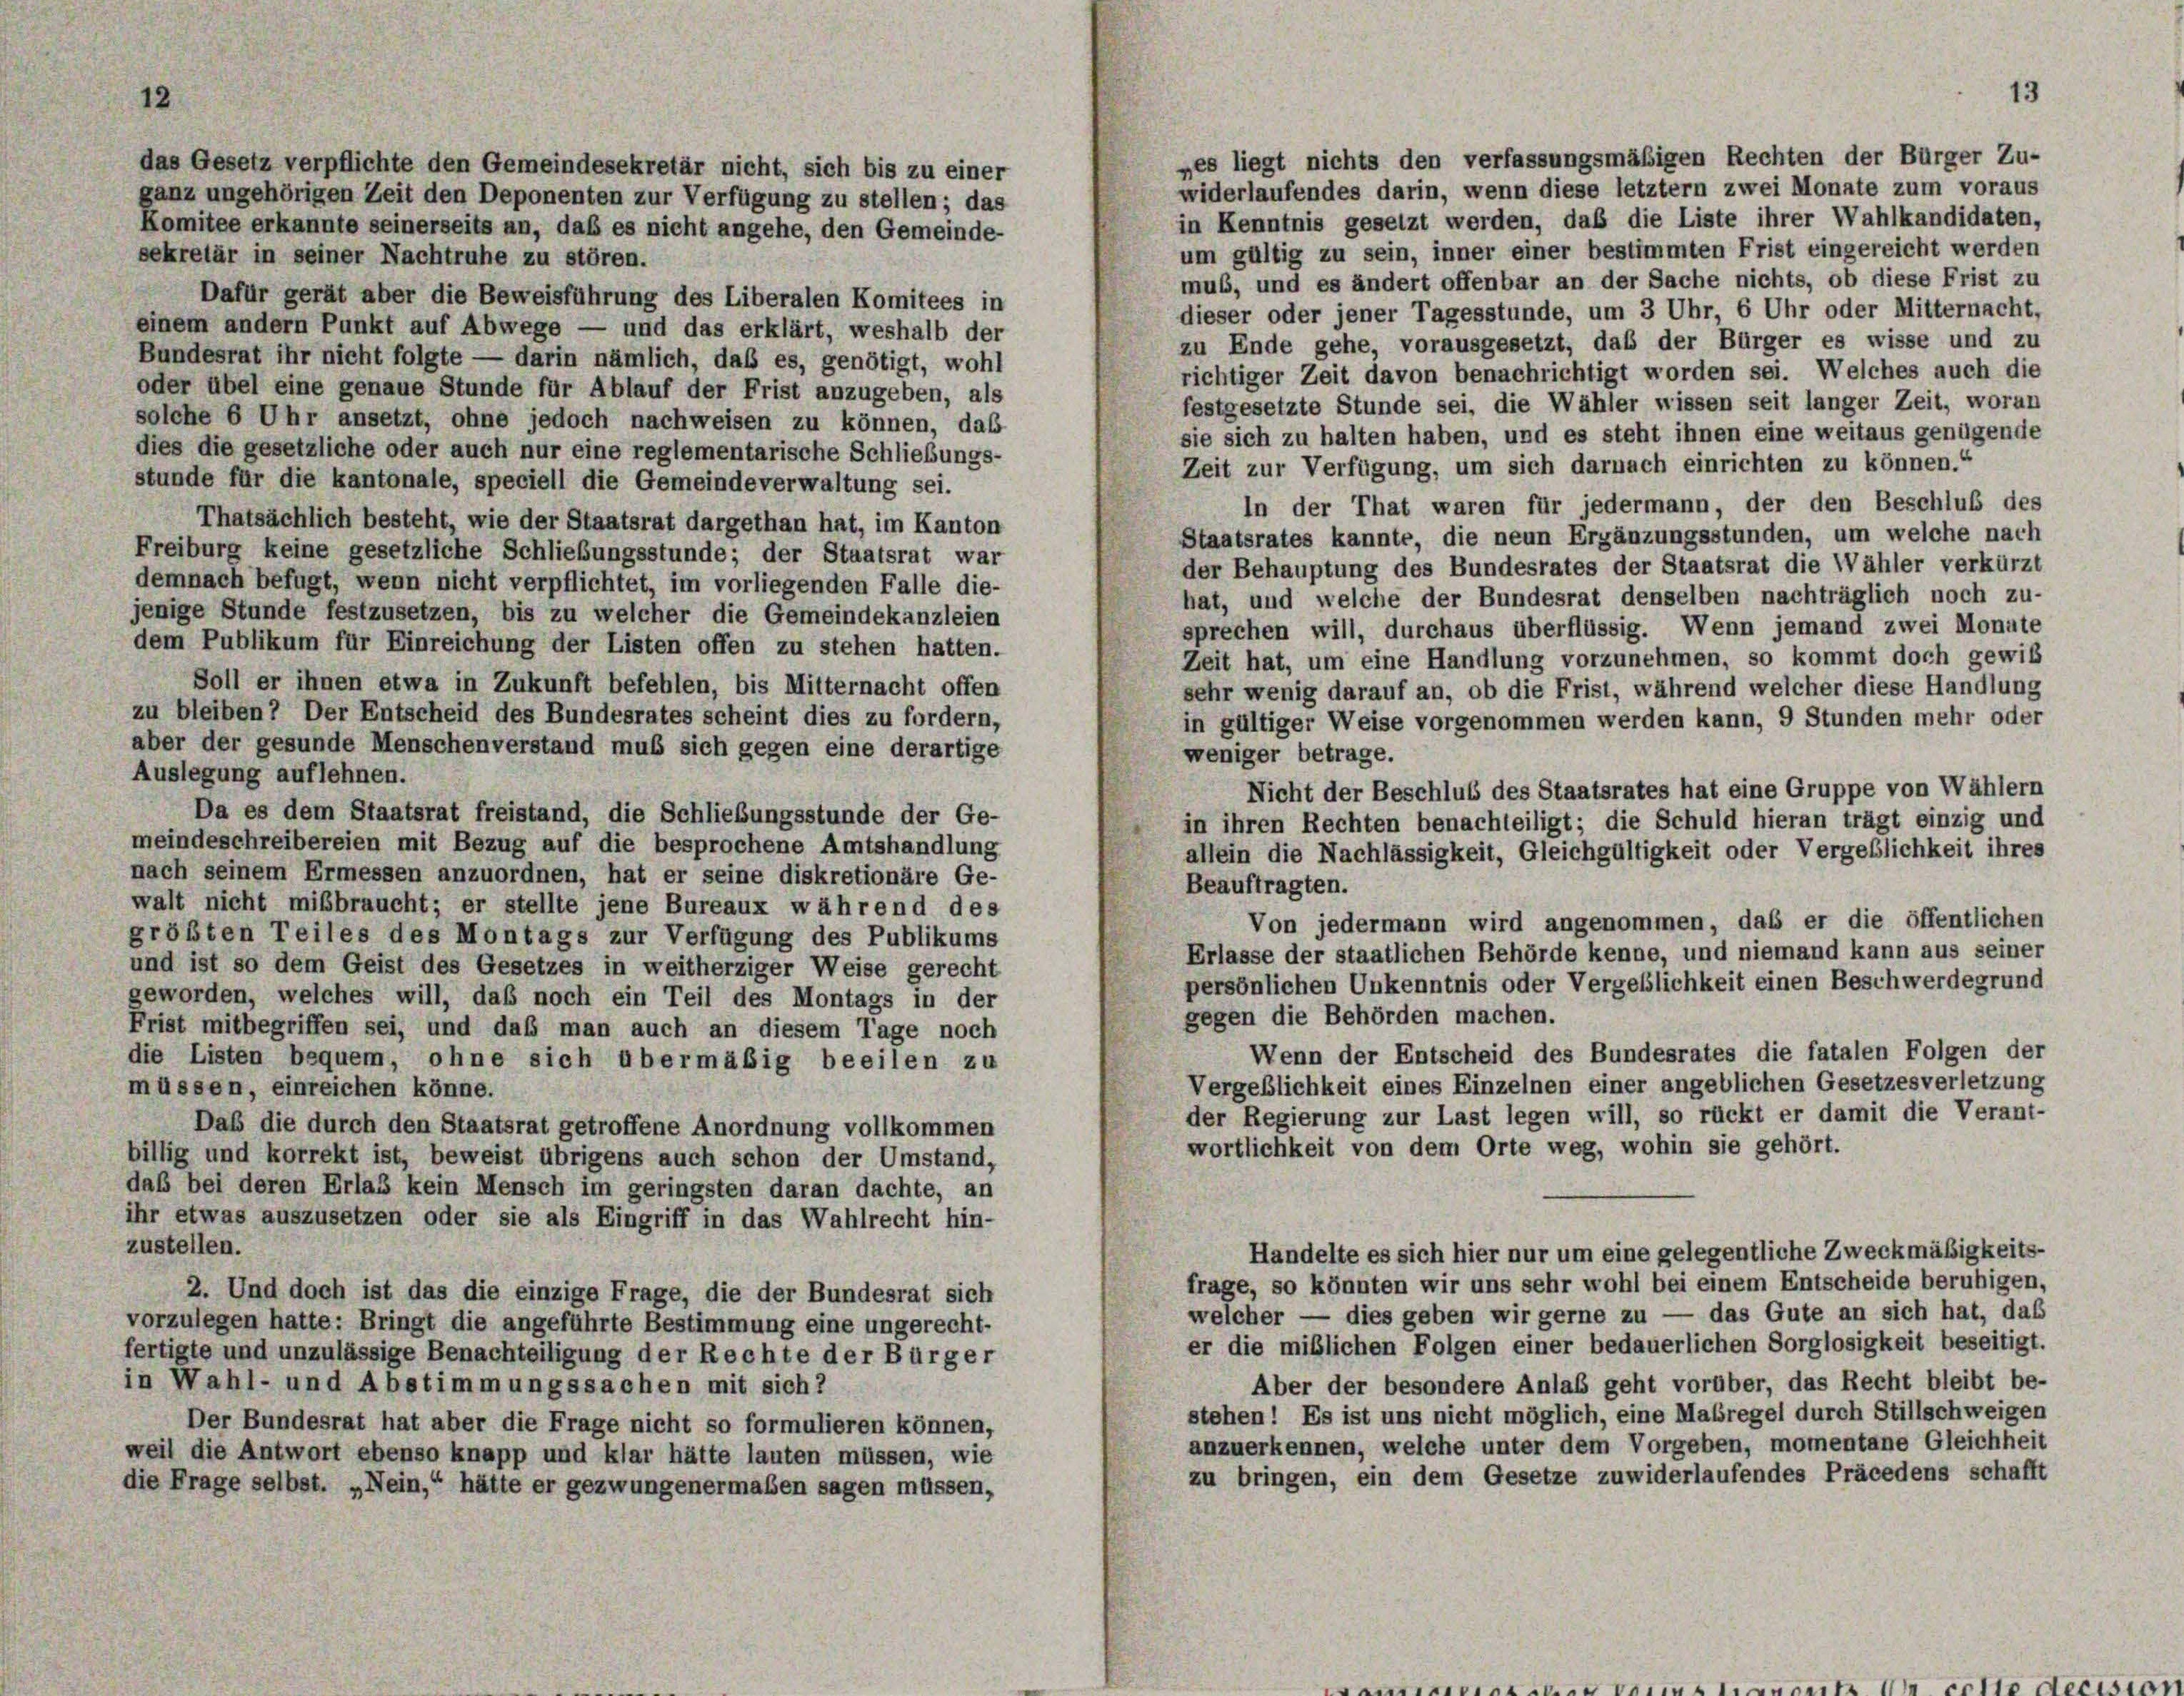
12

pes liegt nichts den verfassungsmäßigen Rechten der Bürger Zu-
das Gesetz verpflichte den Gemeindesekretär nicht, sich bis zu einer
widerlaufendes darin, wenn diese letztem zwei Monate zum voraus
ganz ungehörigen Zeit den Deponenten zur Verfügung zu stellen; das
in Kenntnis gesetzt werden, daß die Liste ihrer Wahlkandidaten,
Komitee erkannte seinerseits an, daß es nicht angehe, den Gemeinde-
um gültig zu sein, inner einer bestimmten Frist eingereicht werden
sekretär in seiner Nachtruhe zu stören.
mus, und es ändert offenbar an der Sache nichts, ob diese Frist zu
Dafür gerät aber die Beweisführung des Liberalen Komitees in
dieser oder jener Tagesstunde, um 3 Uhr, 6 Uhr oder Mitternacht,
einem andern Punkt auf Abwege — und das erklärt, weshalb der
zu Ende gehe, vorausgesetzt, daß der Bürger es wisse und zu
Bundesrat ihr nicht folgte — darin nämlich, daß es, genötigt, wohl
richtiger Zeit davon benachrichtigt worden sei. Welches auch die
oder übel eine genaue Stunde für Ablauf der Frist anzugeben, als
festgesetzte Stunde sei, die Wähler wissen seit langer Zeit, woran
solche 6 Uhr ansetzt, ohne jedoch nachweisen zu können, daß
sie sich zu halten haben, und es steht ihnen eine weitaus genügende
dies die gesetzliche oder auch nur eine reglementarische Schließungs-
Zeit zur Verfügung, um sich darnach einrichten zu können.“
stunde für die kantonale, speciell die Gemeindeverwaltung sei.
In der That waren für jedermann, der den Beschluß des
Thatsächlich besteht, wie der Staatsrat dargethan hat, im Kanton
Staatsrates kannte, die neun Ergänzungsstunden, um welche nach
Freiburg keine gesetzliche Schließungsstunde; der Staatsrat war
der Behauptung des Bundesrates der Staatsrat die Wähler verkürzt
demnach befugt, wenn nicht verpflichtet, im vorliegenden Falle die-
hat, und welche der Bundesrat denselben nachträglich noch zu-
jenige Stunde festzusetzen, bis zu welcher die Gemeindekanzleien
sprechen will, durchaus überflüssig. Wenn jemand zwei Monate
dem Publikum für Einreichung der Listen offen zu stehen hatten.
Zeit hat, um eine Handlung vorzunehmen, so kommt doch gewiß
Soll er ihnen etwa in Zukunft befehlen, bis Mitternacht offen
sehr wenig darauf an, ob die Frist, während welcher diese Handlung
zu bleiben? Der Entscheid des Bundesrates scheint dies zu fordern,
in gültiger Weise vorgenommen werden kann, 9 Stunden mehr oder
aber der gesunde Menschenverstand muß sich gegen eine derartige
weniger betrage.
Auslegung auflehnen.
Nicht der Beschluß des Staatsrates hat eine Gruppe von Wählern
Da es dem Staatsrat freistand, die Schließungsstunde der Ge-
in ihren Rechten benachteiligt; die Schuld hieran trägt einzig und
meindeschreibereien mit Bezug auf die besprochene Amtshandlung
allein die Nachlässigkeit, Gleichgültigkeit oder Vergeblichkeit ihres
nach seinem Ermessen anzuordnen, hat er seine diskretionäre Ge-
Beauftragten.
walt nicht mißbraucht; er stellte jene Bureaux während des
Von jedermann wird angenommen, das er die öffentlichen
größten Teiles des Montags zur Verfügung des Publikums
Erlasse der staatlichen Behörde kenne, und niemand kann aus seiner
und ist so dem Geist des Gesetzes in weitherziger Weise gerecht
persönlichen Unkenntnis oder Vergeblichkeit einen Beschwerdegrund
geworden, welches will, daß noch ein Teil des Montags in der
gegen die Behörden machen.
Frist mitbegriffen sei, und daß man auch an diesem Tage noch
Wenn der Entscheid des Bundesrates die fatalen Folgen der
die Listen bequem, ohne sich übermäßig beeilen zu
Vergeblichkeit eines Einzelnen einer angeblichen Gesetzesverletzung
müssen, einreichen könne.
der Regierung zur Last legen will, so rückt er damit die Verant-
Daß die durch den Staatsrat getroffene Anordnung vollkommen
wortlichkeit von dem Orte weg, wohin sie gehört.
billig und korrekt ist, beweist übrigens auch schon der Umstand,
daß bei deren Erlas kein Mensch im geringsten daran dachte, an
ihr etwas auszusetzen oder sie als Eingriff in das Wahlrecht hin-
zustellen.
Handelte es sich hier nur um eine gelegentliche Zweckmäßigkeits-
frage, so könnten wir uns sehr wohl bei einem Entscheide beruhigen,
2. Und doch ist das die einzige Frage, die der Bundesrat sich
welcher — dies geben wir gerne zu — das Gute an sich hat, daß
vorzulegen hatte: Bringt die angeführte Bestimmung eine ungerecht-
er die mißlichen Folgen einer bedauerlichen Sorglosigkeit beseitigt.
fertigte und unzulässige Benachteiligung der Rechte der Bürger
in Wahl- und Abstimmungssachen mit sich?
Aber der besondere Anlaß geht vorüber, das Recht bleibt be-
stehen! Es ist uns nicht möglich, eine Maßregel durch Stillschweigen
Der Bundesrat hat aber die Frage nicht so formulieren können,
anzuerkennen, welche unter dem Vorgeben, momentane Gleichheit
weil die Antwort ebenso knapp und klar hätte lauten müssen, wie
zu bringen, ein dem Gesetze zuwiderlaufendes Präcedens schafft
die Frage selbst. „Nein,“ hätte er gezwungenermaßen sagen müssen,

13